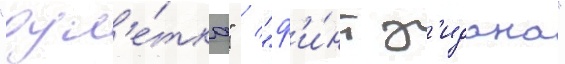
"рул'е́тка" / "ф'и́нт з'идана"